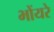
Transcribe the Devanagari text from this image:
भोंयरे